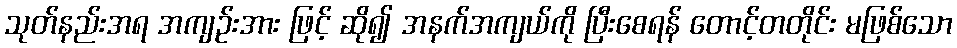
သုတ်နည်းအရ အကျဉ်းအား ဖြင့် ဆို၍ အနက်အကျယ်ကို ပြီးစေရန် တောင့်တတိုင်း မဖြစ်သော